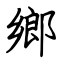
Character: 鄉